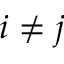
i \neq j